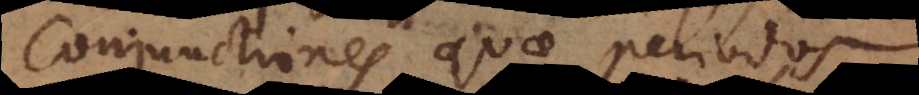
Conjunctiones quae periodos